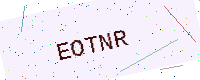
Text: EOTNR